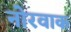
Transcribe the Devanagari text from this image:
नोरवाक